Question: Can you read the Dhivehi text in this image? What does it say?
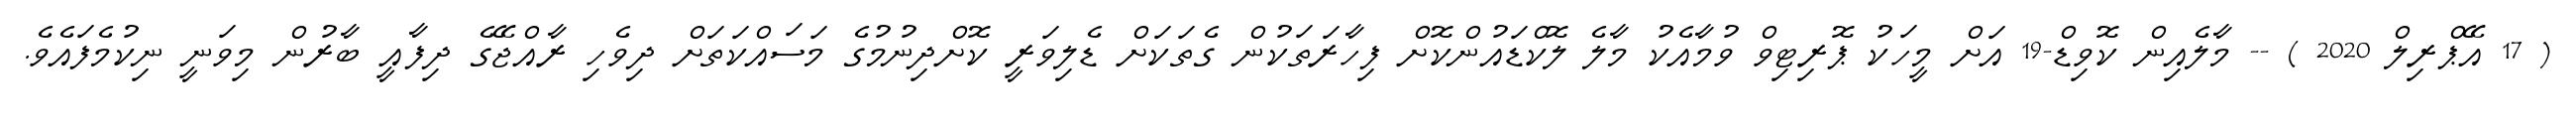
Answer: ( 17 އޭޕްރިލް 2020 ) -- މާލެއިން ކޮވިޑް-19 އަށް މީހަކު ޕޮރިޓިވް ވުމާއެކު މާލެ ލޮކްޑައުންކޮށް ފިހާރަތަކުން ގެތަކަށް ޑެލިވަރީ ކޮށްދިނުމުގެ މަސައްކަތަށް ދިވެހި ރާއްޖޭގެ ދިފާއީ ބާރުން މިވަނީ ނިކުމެފައެވެ.